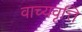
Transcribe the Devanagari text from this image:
वाच्यवृत्ति